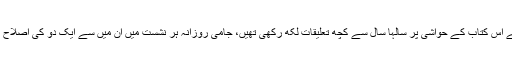
قاضی روم نے اُس کتاب کے حواشی پر سالہا سال سے کچھ تعلیقات لکھ رکھی تھیں، جامی روزانہ ہر نشست میں اُن میں سے ایک دو کی اِصلاح کر دیا کرتے۔